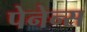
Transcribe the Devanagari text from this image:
पेनेन्स